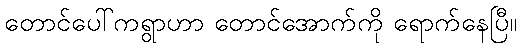
တောင်ပေါ်ကရွာဟာ တောင်အောက်ကို ရောက်နေပြီ။